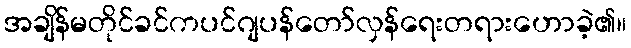
အချိန်မတိုင်ခင်ကပင်ဂျပန်တော်လှန်ရေးတရားဟောခဲ့၏။